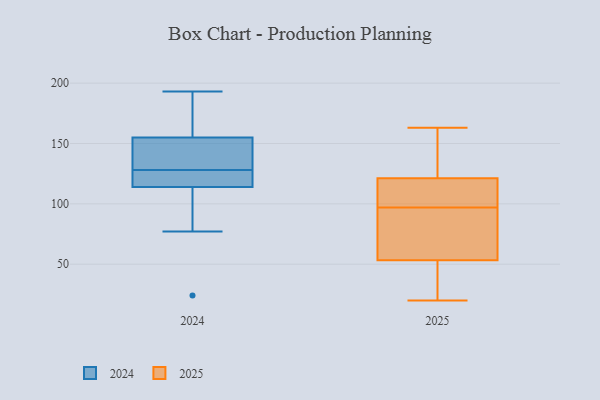
{"axis": {"x": "Latency (ms)", "y": "Value"}, "legend": ["2024", "2025"], "data": [{"x": "", "y": 42, "type": "2025"}, {"x": "", "y": 155, "type": "2025"}, {"x": "", "y": 33, "type": "2025"}, {"x": "", "y": 57, "type": "2025"}, {"x": "", "y": 144, "type": "2025"}, {"x": "", "y": 101, "type": "2025"}, {"x": "", "y": 75, "type": "2025"}, {"x": "", "y": 64, "type": "2025"}, {"x": "", "y": 28, "type": "2025"}, {"x": "", "y": 100, "type": "2025"}, {"x": "", "y": 140, "type": "2025"}, {"x": "", "y": 100, "type": "2025"}, {"x": "", "y": 20, "type": "2025"}, {"x": "", "y": 89, "type": "2025"}, {"x": "", "y": 97, "type": "2025"}, {"x": "", "y": 115, "type": "2025"}, {"x": "", "y": 163, "type": "2025"}, {"x": "", "y": 125, "type": "2024"}, {"x": "", "y": 131, "type": "2024"}, {"x": "", "y": 24, "type": "2024"}, {"x": "", "y": 193, "type": "2024"}, {"x": "", "y": 77, "type": "2024"}, {"x": "", "y": 114, "type": "2024"}, {"x": "", "y": 155, "type": "2024"}, {"x": "", "y": 189, "type": "2024"}, {"x": "", "y": 137, "type": "2024"}, {"x": "", "y": 125, "type": "2024"}]}